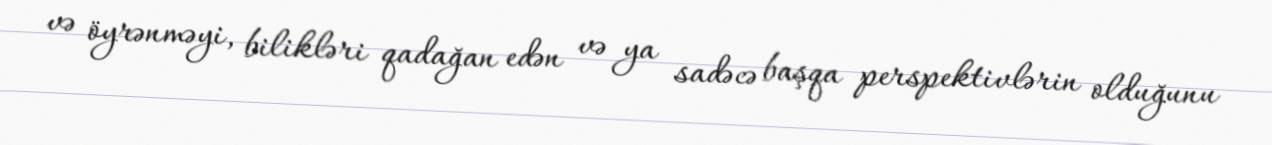
və öyrənməyi, bilikləri qadağan edən və ya sadəcə başqa perspektivlərin olduğunu